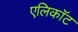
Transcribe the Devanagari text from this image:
एलिकॉट